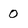
Character: O